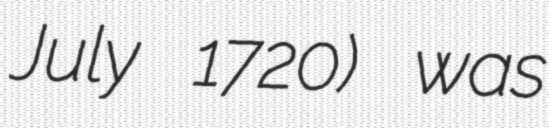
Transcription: July 1720) was